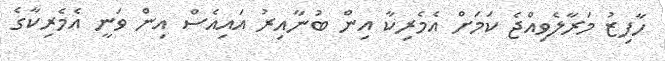
ހާފިޒު މަރާލެވިއްޖެ ކަމަށް އެމެރިކާ އިން ބުނާއިރު އައިއެސް އިން ވަނީ އެމެރިކާގެ